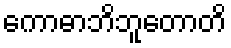
ကောဓာဘိဘူတောတိ